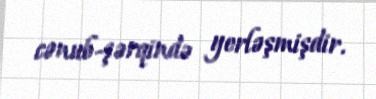
cənub-şərqində yerləşmişdir.